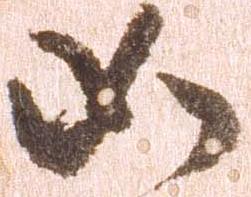
如